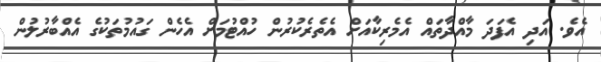
އެވެ. އަދި އެފަދަ މާއްދާތައް އެމެރިކާއަށް އެތެރެކުރުން ހުއްޓުމަށް އެހެން ގައުމުތަކުގެ އެއްބާރުލުން